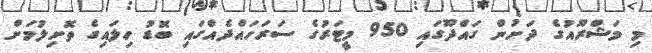
މި މަޝްރޫއުގެ ދަށުން ގައްދޫގައި 950 މީޓަރުގެ ސަރަހައްދެއްގައި ބޮޑު ހިލައިގެ ތޮށިލުމަށް